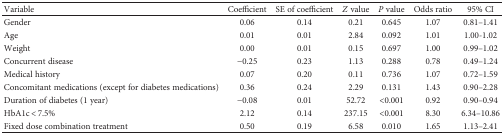
| Variable | Coefficient | SE of coefficient | Z value | P value | Odds ratio | 95% CI |
 | --- | --- | --- | --- | --- | --- | --- |
 | Gender | 0.06 | 0.14 | 0.21 | 0.645 | 1.07 | 0.81–1.41 |
 | Age | 0.01 | 0.01 | 2.84 | 0.092 | 1.01 | 1.00-1.02 |
 | Weight | 0.00 | 0.01 | 0.15 | 0.697 | 1.00 | 0.99–1.02 |
 | Concurrent disease | −0.25 | 0.23 | 1.13 | 0.288 | 0.78 | 0.49–1.24 |
 | Medical history | 0.07 | 0.20 | 0.11 | 0.736 | 1.07 | 0.72–1.59 |
 | Concomitant medications (except for diabetes medications) | 0.36 | 0.24 | 2.29 | 0.131 | 1.43 | 0.90–2.28 |
 | Duration of diabetes (1 year) | −0.08 | 0.01 | 52.72 | <0.001 | 0.92 | 0.90–0.94 |
 | HbA1c < 7.5% | 2.12 | 0.14 | 237.15 | <0.001 | 8.30 | 6.34–10.86 |
 | Fixed dose combination treatment | 0.50 | 0.19 | 6.58 | 0.010 | 1.65 | 1.13–2.41 |